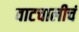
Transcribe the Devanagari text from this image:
वाटचालीचं